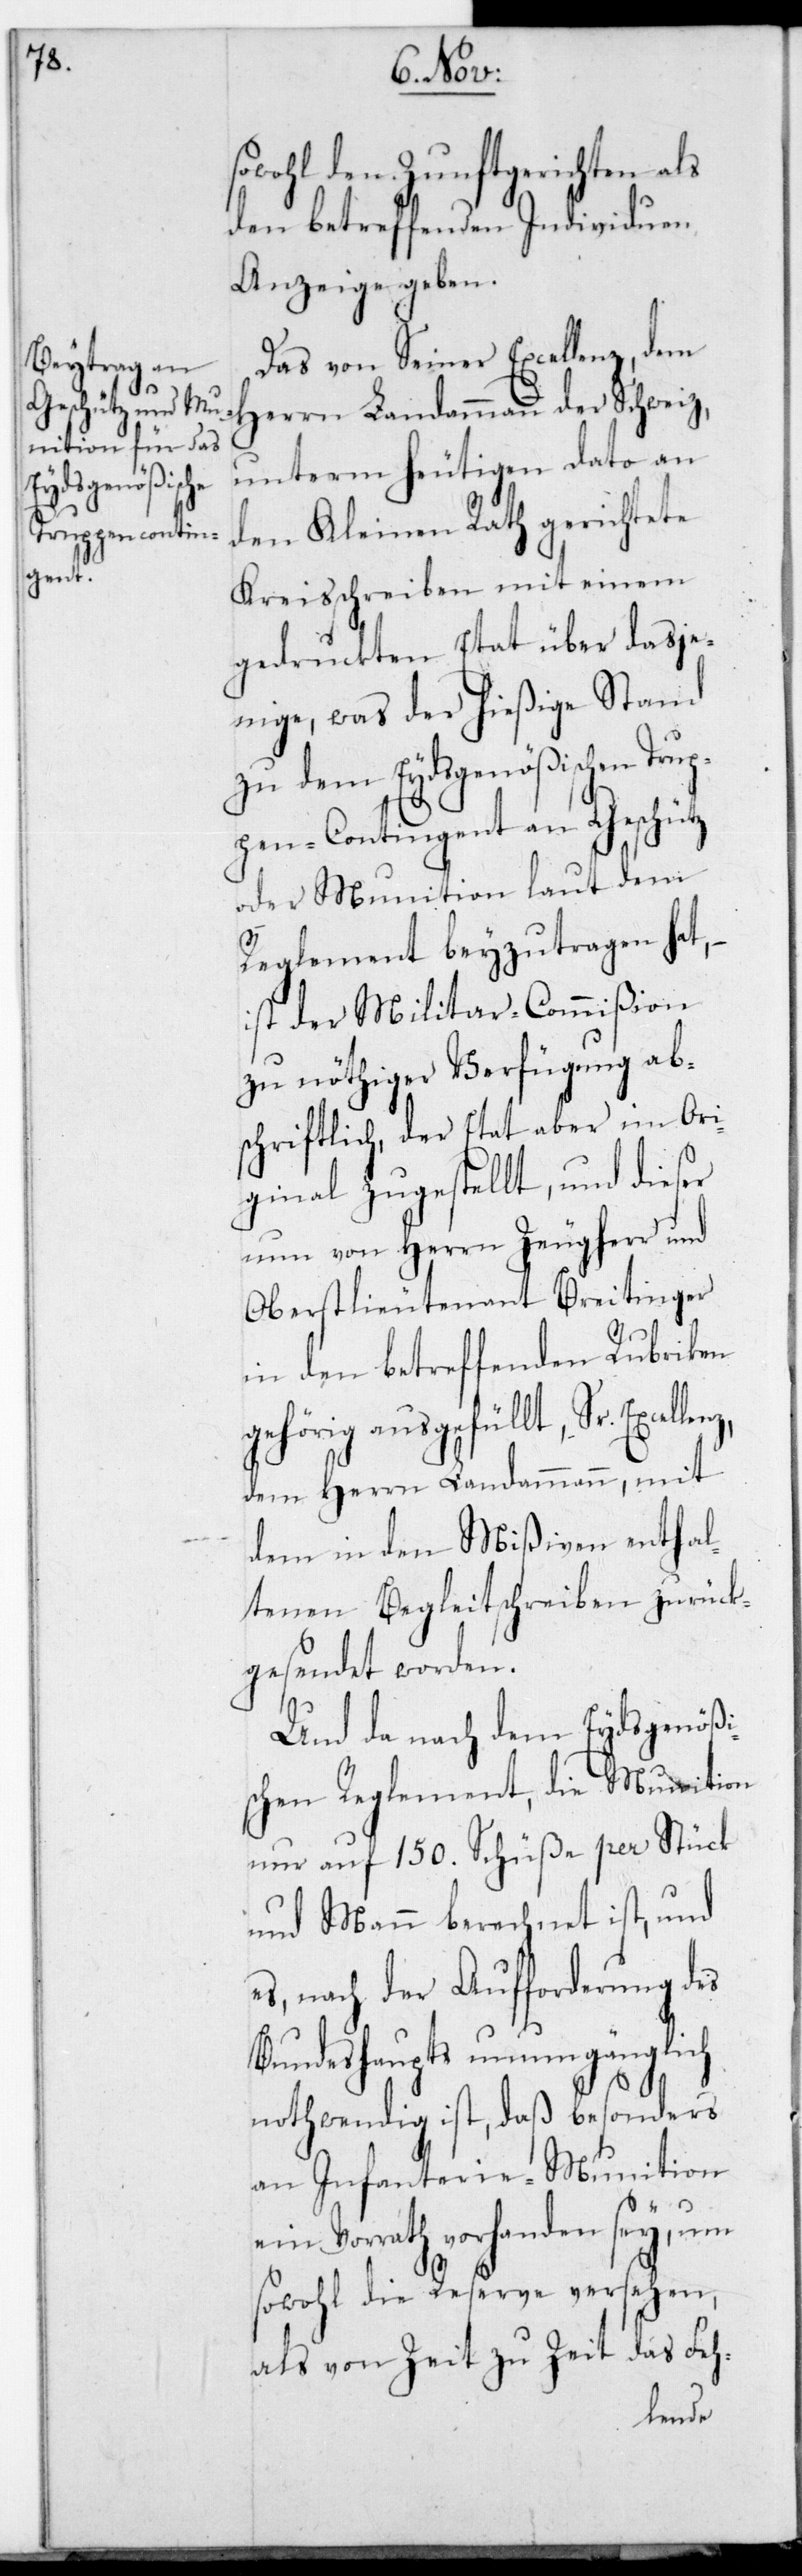
sowohl den Zunftgerichten als
den betreffenden Individuen
Anzeige geben.
Das von Seiner Excellenz, dem
Herrn Landammann der Schweiz,
unterm heutigen dato an
den Kleinen Rath gerichtete
Kreisschreiben mit einem
gedruckten Etat über dasje¬
nige, was der hießige Stand
zu dem Eydsgenößischen Trup¬
pen-Contingent an Geschütz
oder Munition laut dem
Reglement beyzutragen hat,
ist der Militar-Commißion
zu nöthiger Verfügung ab¬
schriftlich, der Etat aber im Ori¬
ginal zugestellt, und dieser
nun von Herrn Zeugherr und
Oberstlieutenant Breitinger
in den betreffenden Rubriken
gehörig ausgefüllt, Sr. Excel¬
dem Herrn Landammann, mit
dem in den Mißiven enthal¬
tenen Begleitschreiben zurück¬
gesendet worden.
Und da nach dem Eydsgenößis¬
chen Reglement, die Munition
nur auf 150. Schüße per Stück
und Mann berechnet ist, und
es, nach der Aufforderung des
Bundeshaupts unumgänglich
nothwendig ist, daß besonders
an Infanterie-Munition
Vorrath vorhanden sey, um
sowohl die Reserve versehen,
als von Zeit zu Zeit das Feh-
lenz